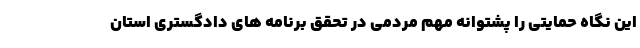
این نگاه حمایتی را پشتوانه مهم مردمی در تحقق برنامه های دادگستری استان